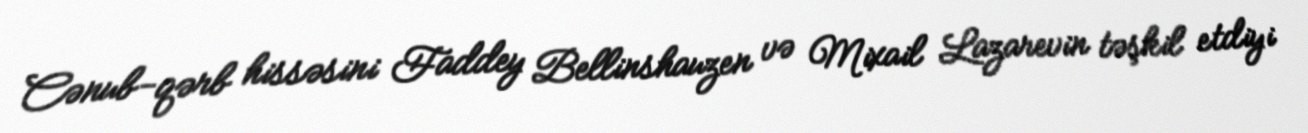
Cənub-qərb hissəsini Faddey Bellinshauzen və Mixail Lazarevin təşkil etdiyi